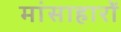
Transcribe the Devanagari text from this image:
मांसाहारों